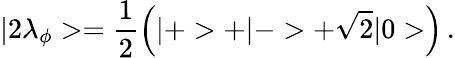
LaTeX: |2\lambda_{\phi}>=\frac{1}{2}\left(|+>+|->+\sqrt{2}|0>\right)\, .